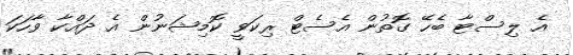
އެ ލިސްޓާ ބެހޭ ގޮތުން އެސެޓް ރިކަވީ ކޮމިޝަނުން އެ ދައްކާ ވާހަކަ